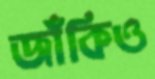
জাঁকিও